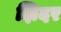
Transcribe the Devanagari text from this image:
झिदर